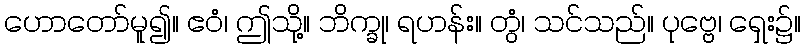
ဟောတော်မူ၍။ ဧဝံ၊ ဤသို့။ ဘိက္ခု၊ ရဟန်း။ တွံ၊ သင်သည်။ ပုဗ္ဗေ၊ ရှေး၌။